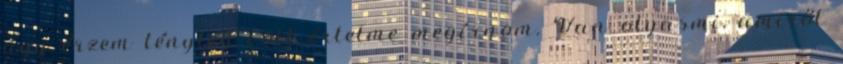
úgy érzem tényleg volt értelme megírnom. Van olyasmi, amiről